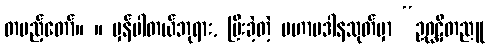
တပည့်တော်။ ။ မှန်ပါတယ်ဘုရား, ပြီးခဲ့တဲ့ မဟာပဒါနသုတ်မှာ “ဥဂ္ဃဋိတညူ